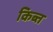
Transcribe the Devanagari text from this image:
किब्त